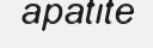
apatite